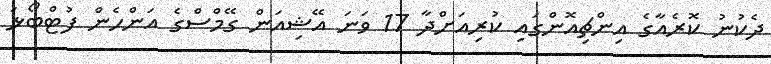
ދެކުނު ކޮރެއާގެ އިންޗިއޮންގައި ކުރިއަށްދާ 17 ވަނަ އޭޝިއަން ގޭމްސްގެ އަންހެން ފުޓްބޯޅަ